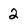
Character: 2